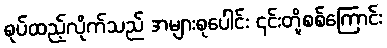
စုပ်ထည့်လိုက်သည် အများစုပေါင်း ၎င်းတို့စစ်ကြောင်း